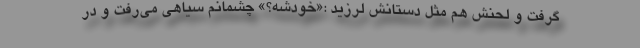
گرفت و لحنش هم مثل دستانش لرزید :«خودشه؟» چشمانم سیاهی می‌رفت و در